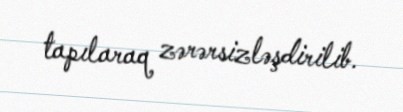
tapılaraq zərərsizləşdirilib.